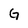
Character: G